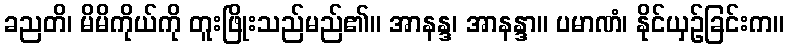
ခညတိ၊ မိမိကိုယ်ကို တူးဖြိုးသည်မည်၏။ အာနန္ဒ၊ အာနန္ဒာ။ ပမာဏံ၊ နိုင်ယှဉ်ခြင်းက။